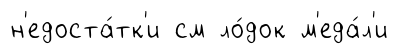
н'едоста́тк'и см ло́док м'еда́л'и